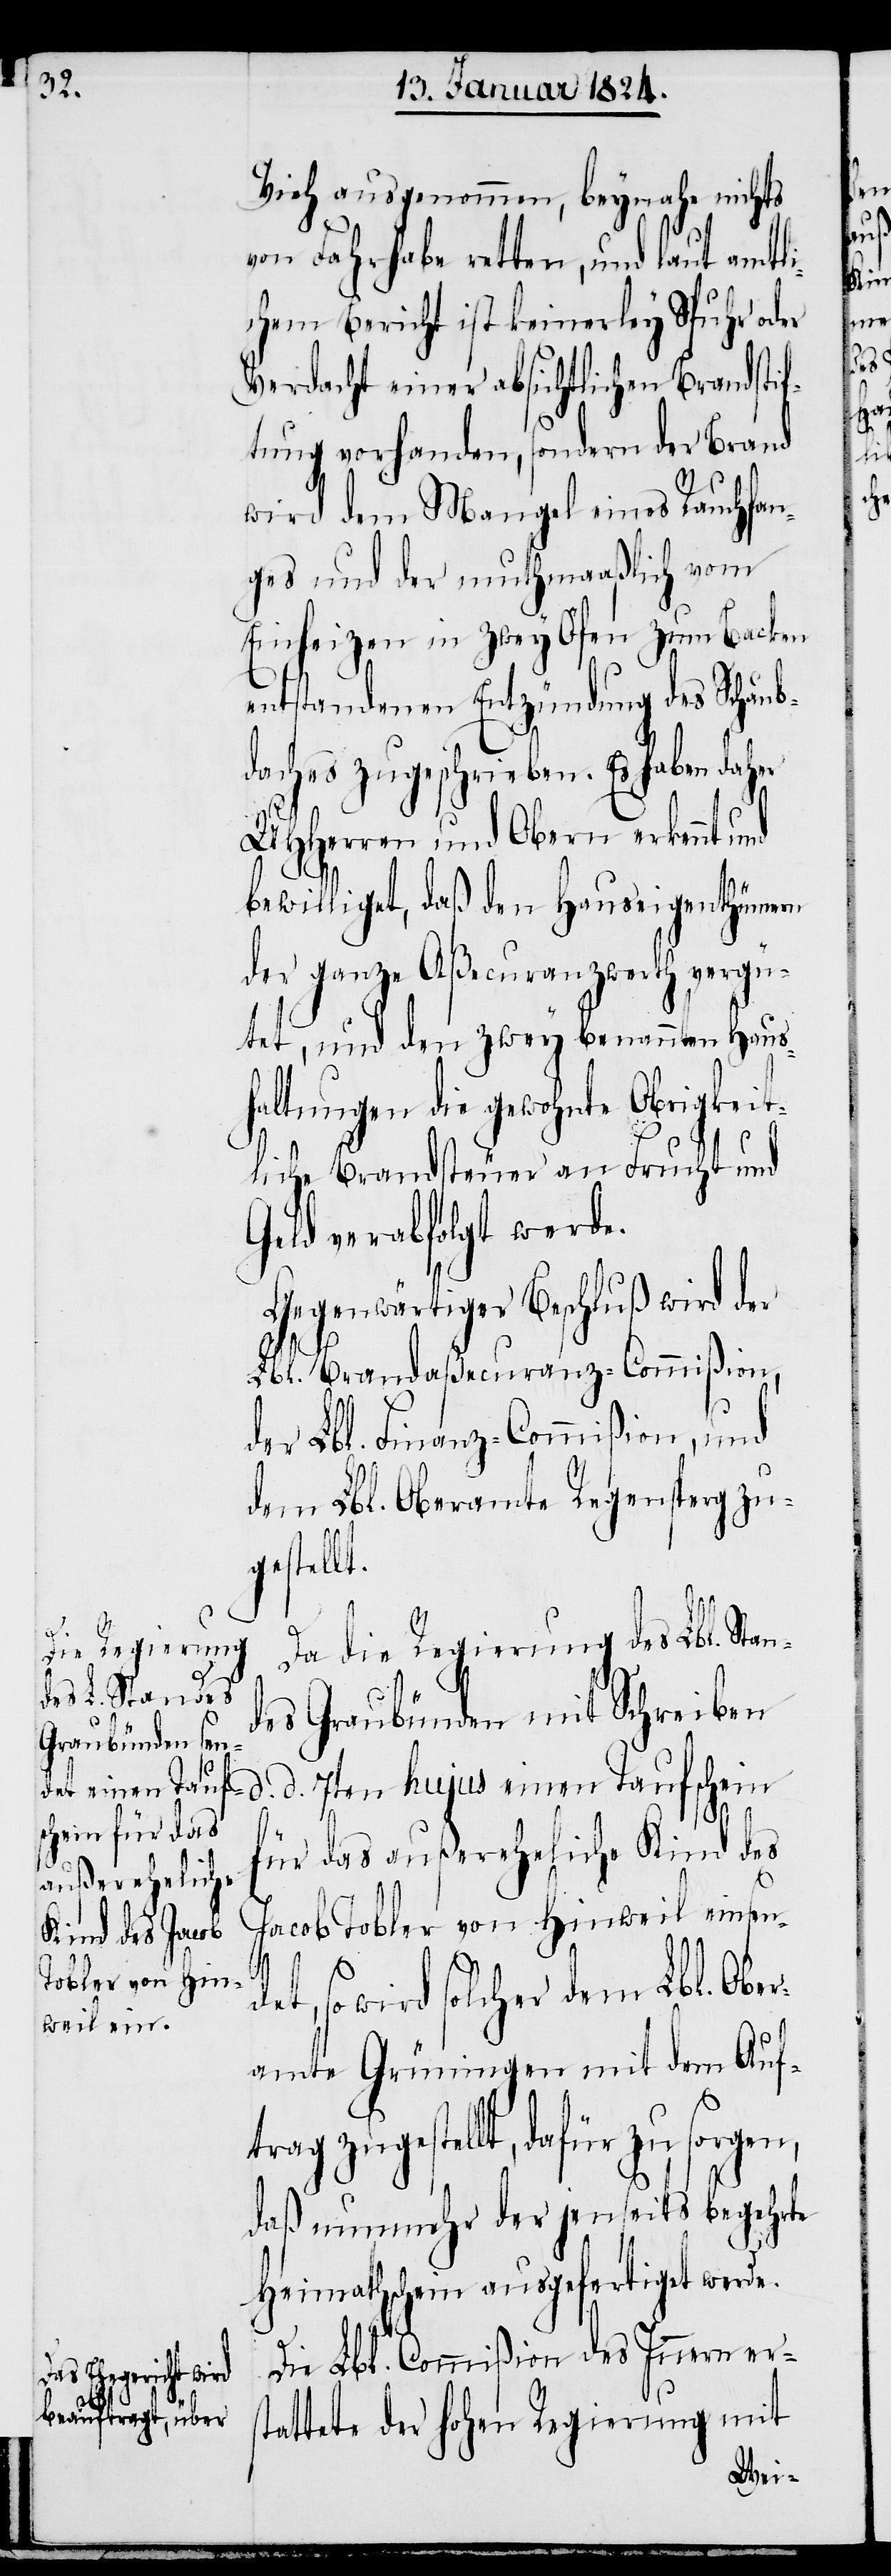
Vieh ausgenommen, beynahe nichts
von Fahrhabe retten, und laut amtli¬
chem Bericht ist keinerley Spuhr oder
Verdacht einer absichtlichen Brandstif¬
tung vorhanden, sondern der Brand
wird dem Mangel eines Rauchfan¬
ges und der muthmaßlich vom
Einheizen in zwey Öfen zum Backen
entstandenen Entzündung des Schaub¬
daches zugeschrieben. Es haben
UHHerren und Obern erkennt und
bewilligt, daß den Hauseigenthümern
der ganze Aßecuranzwerth vergü¬
tet, und den zwey benannten Haus¬
haltungen die gewohnte Obrigkeit¬
liche Brandsteuer an Frucht und
Geld verabfolgt werde.
Gegenwärtiger Beschluß wird
Brandaßecuranz-Commißion,
der Lbl. Finanz-Commißion, und
dem Lbl. Oberamte Regensburg zu¬
gestellt.
d.
st¬
Da die Regierung des Lbl. Stan¬
des Graubünden mit Schreiben
ür das außereheliche Kind des
Jacob Tobler von Hinweil einsen¬
t, so wird solcher dem Lbl. Obe¬
ramte Grüningen mit dem Auftr¬
ag zugestellt, dafür zu sorgen,
daß nunmehr der jenseits begehrte
Heimathschein ausgefertigt werde.
de¬
Die Lbl. Commißion des Innern er¬
ufschein f¬
attete der hohen Regierung mit